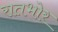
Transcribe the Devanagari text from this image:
रातभोर